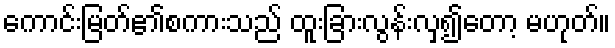
ကောင်းမြတ်၏စကားသည် ထူးခြားလွန်းလှ၍တော့ မဟုတ်။